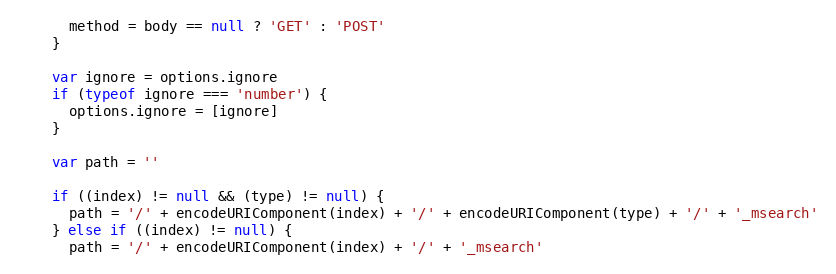
Language: JavaScript
      method = body == null ? 'GET' : 'POST'
    }

    var ignore = options.ignore
    if (typeof ignore === 'number') {
      options.ignore = [ignore]
    }

    var path = ''

    if ((index) != null && (type) != null) {
      path = '/' + encodeURIComponent(index) + '/' + encodeURIComponent(type) + '/' + '_msearch'
    } else if ((index) != null) {
      path = '/' + encodeURIComponent(index) + '/' + '_msearch'